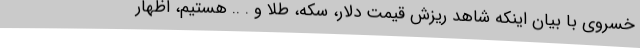
خسروی با بیان اینکه شاهد ریزش قیمت دلار، سکه، طلا و . .. هستیم، اظهار